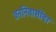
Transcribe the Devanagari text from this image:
वननिवासींवर